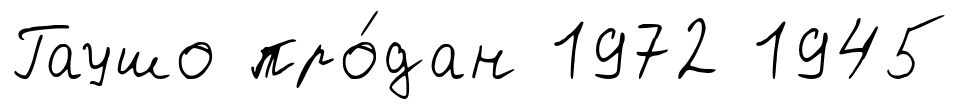
Гаушо про́дан 1972 1945